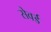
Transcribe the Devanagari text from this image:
सेवर्ड